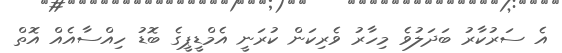
އެ ސަރުކާރު ބަދަލުވެ މިހާރު ވެރިކަން ކުރަނީ އެމްޑީޕީގެ ބޮޑު ހިއްސާއެއް އޮތް